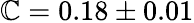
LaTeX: \mathbb{C}=0.18\pm0.01